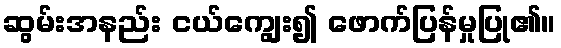
ဆွမ်းအနည်း ငယ်ကျွေး၍ ဖောက်ပြန်မှုပြု၏။